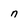
Character: n